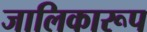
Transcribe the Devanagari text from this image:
जालिकारूप